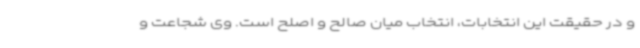
و در حقیقت این انتخابات، انتخاب میان صالح و اصلح است. وی شجاعت و